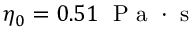
\eta _ { 0 } = 0 . 5 1 \; \mathrm { ~ P ~ a ~ } \cdot \mathrm { ~ s ~ }